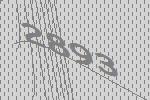
2893